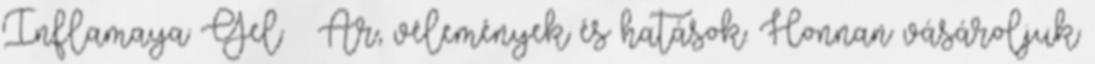
Inflamaya Gel – Ár, vélemények és hatások. Honnan vásároljuk